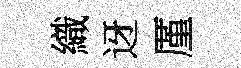
織迓厪